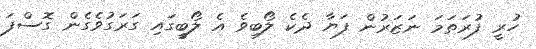
ހުރީ ފުރަތަމަ ނަޒަރުން ފަޔާ ދެކެ ލޯބިވެ އެ ލޯބީގައި ގަރަގުވެގެން ގޮސްފަ